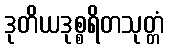
ဒုတိယဒုစ္စရိတသုတ္တံ